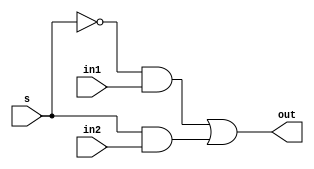
module mux_3(out,in1,in2,s);
output out;
input in1,in2;
input s;
wire w11,w12,w13;
not(w11,s);
and(w12,w11,in1);
and(w13,s,in2);
or(out,w12,w13);
endmodule